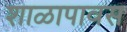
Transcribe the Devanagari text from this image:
शाळापावस